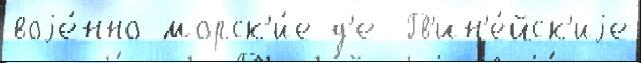
воjе́нно-морск'и́е д'е  Гв'ин'е́йск'иjе